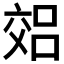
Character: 𫡽